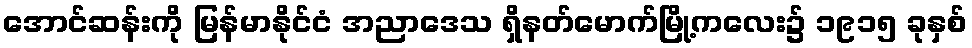
အောင်ဆန်းကို မြန်မာနိုင်ငံ အညာဒေသ ရှိနတ်မောက်မြို့ကလေး၌ ၁၉၁၅ ခုနှစ်